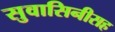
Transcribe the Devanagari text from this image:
सुवासिनीसह